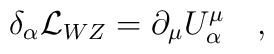
\delta _\alpha {\cal L}_{WZ}=\partial _\mu U_\alpha ^\mu \quad,